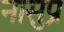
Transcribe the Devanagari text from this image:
नासुप्र